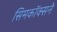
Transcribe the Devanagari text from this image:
सिमकॉक्सने